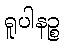
ရူပါနဉ္စ